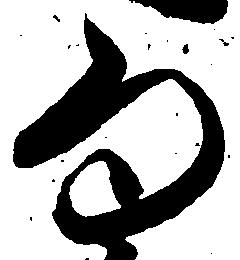
為